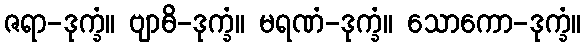
ဇရာ-ဒုက္ခံ။ ဗျာဓိ-ဒုက္ခံ။ မရဏံ-ဒုက္ခံ။ သောကော-ဒုက္ခံ။